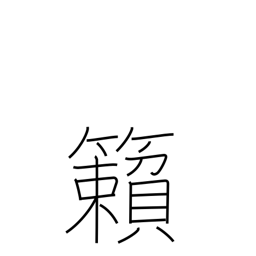
Meaning: rattling of the wind